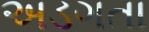
અડગતા